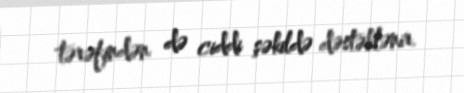
tərəfindən də ciddi şəkildə dəstəklənir.